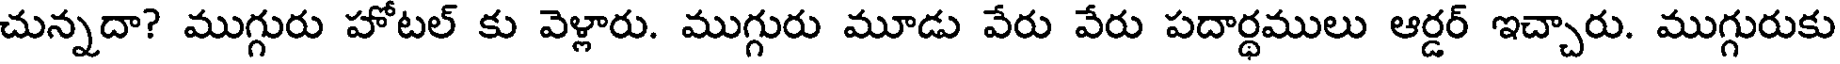
చున్నదా? ముగ్గురు హోటల్ కు వెళ్లారు. ముగ్గురు మూడు వేరు వేరు పదార్ధములు ఆర్డర్ ఇచ్చారు. ముగ్గురుకు